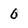
Character: 0